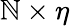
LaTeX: \mathbb{N}\times\eta